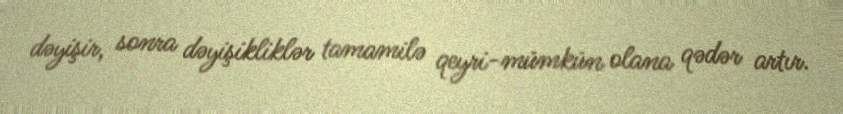
dəyişir, sonra dəyişikliklər tamamilə qeyri-mümkün olana qədər artır.